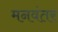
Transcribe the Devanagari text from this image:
मनवंतर